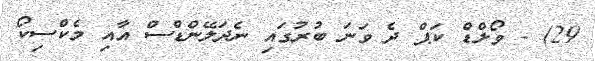
29) - ވޯލްޑް ކަޕް ދެ ވަނަ ބުރުގައި ނެދަލޭންޑްސް އާއި މެކްސިކޯ